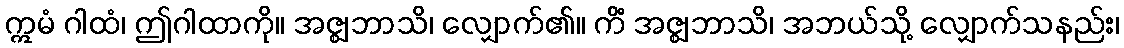
ဣမံ ဂါထံ၊ ဤဂါထာကို။ အဇ္ဈဘာသိ၊ လျှောက်၏။ ကိံ အဇ္ဈဘာသိ၊ အဘယ်သို့ လျှောက်သနည်း၊